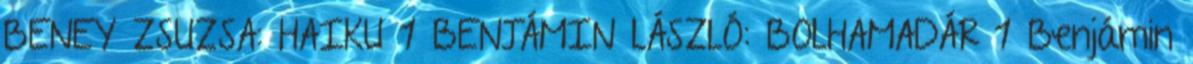
BENEY ZSUZSA: HAIKU 1 BENJÁMIN LÁSZLÓ: BOLHAMADÁR 1 Benjámin